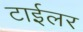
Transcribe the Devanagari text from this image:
टाईलर